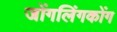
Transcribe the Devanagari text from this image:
जोंगलिंगकोंग